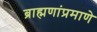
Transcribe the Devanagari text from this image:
ब्राह्मणांप्रमाणे